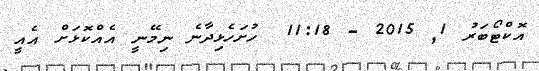
އޮކްޓޯބަރު 1